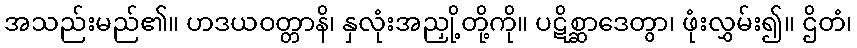
အသည်းမည်၏။ ဟဒယဝတ္တာနိ၊ နှလုံးအညှို့တို့ကို။ ပဋိစ္ဆာဒေတွာ၊ ဖုံးလွှမ်း၍။ ဌိတံ၊